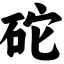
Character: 砣